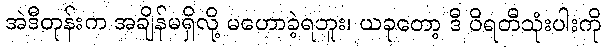
အဲဒီတုန်းက အချိန်မရှိလို့ မဟောခဲ့ရဘူး၊ ယခုတော့ ဒီ ဝိရတီသုံးပါးကို